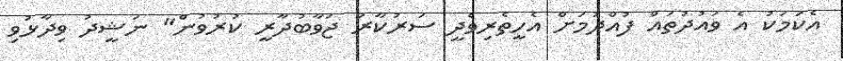
އެކަމަކު އެ ވައުދުތައް ފުއްދުމަށް އެހީތެރިވެދީ ސަރުކާރު ޖަވާބުދާރީ ކުރުވުން" ނަޝީދު ވިދާޅުވި